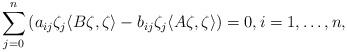
LaTeX: \begin{align*}\sum_{j=0}^n\left(a_{ij}\zeta_j\langle B\zeta,\zeta\rangle-b_{ij}\zeta_j\langle A\zeta,\zeta\rangle\right)=0,i=1,\ldots,n,\end{align*}